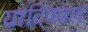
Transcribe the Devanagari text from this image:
वादिववाद